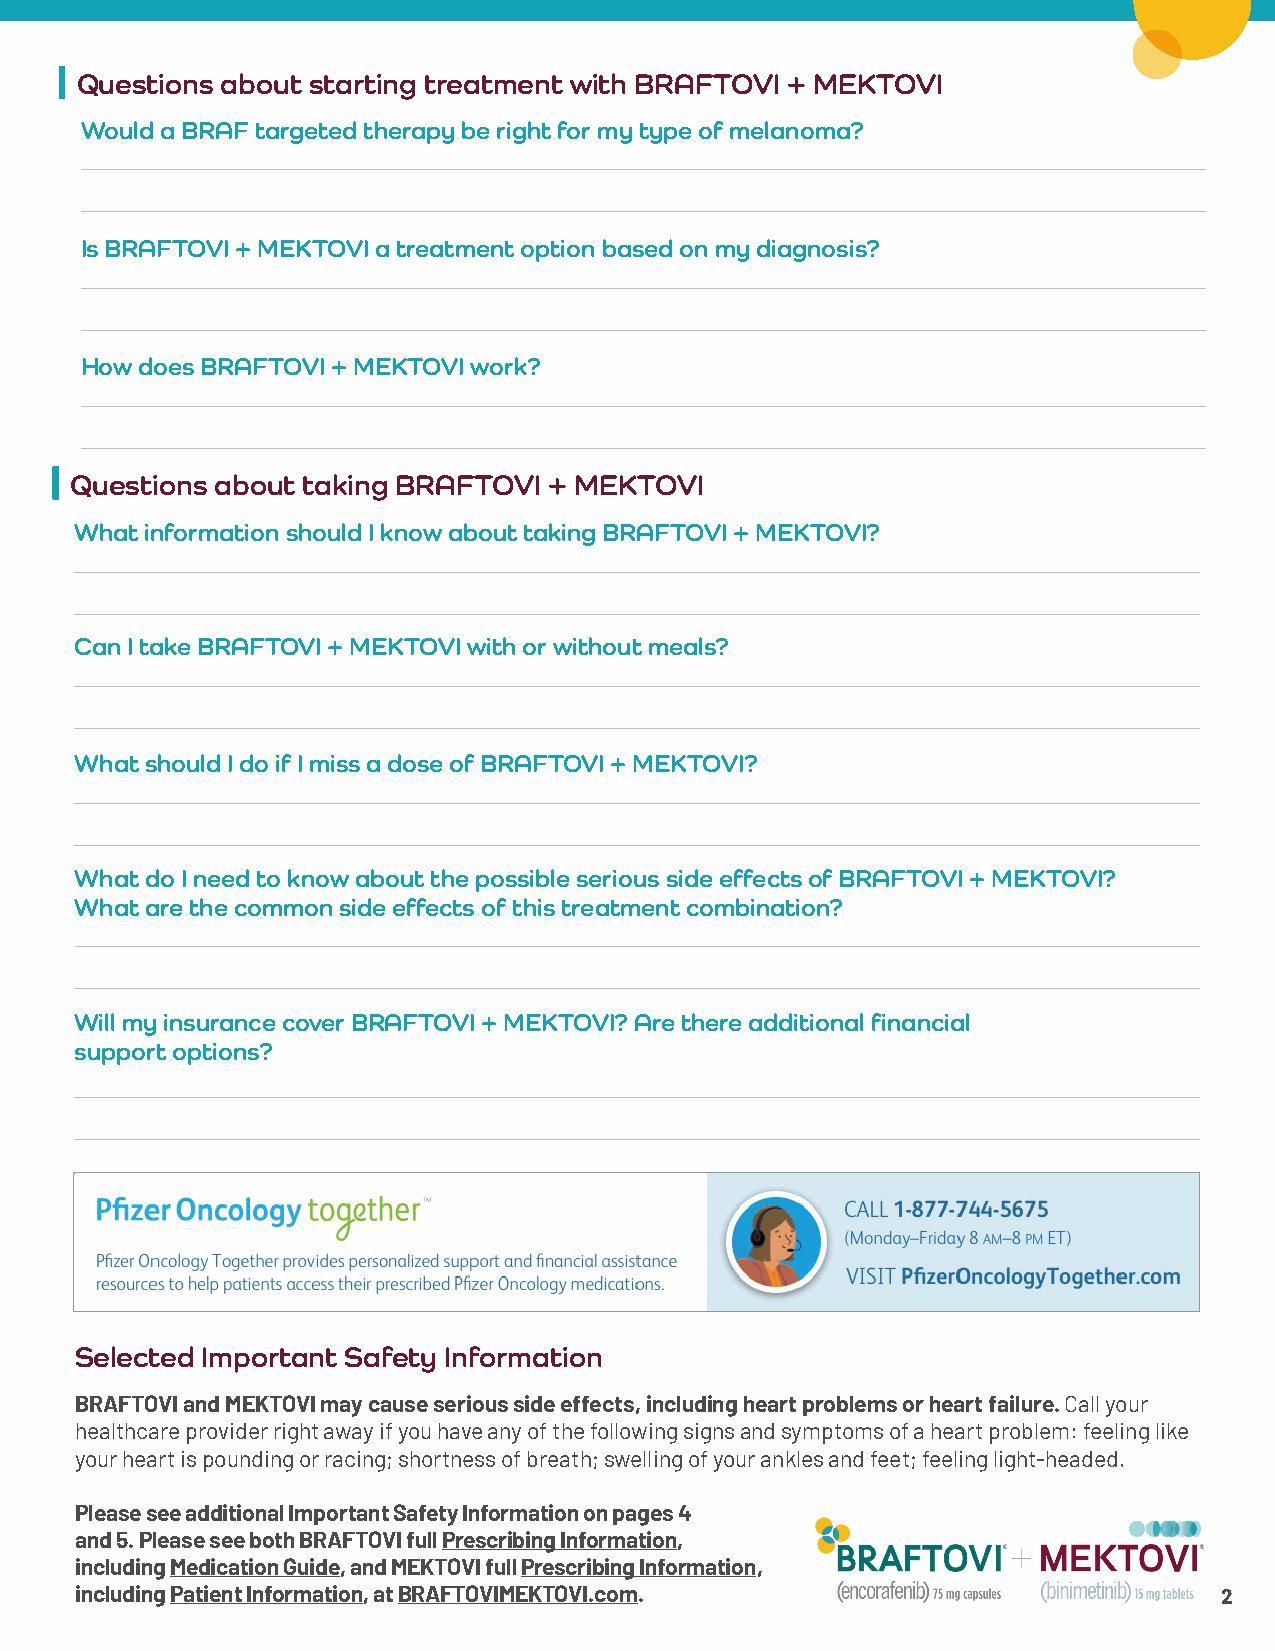
Questions about starting treatment with BRAFTOVI + MEKTOVI
 Would a BRAF targeted therapy be right for my type of melanoma?
 Is BRAFTOVI + MEKTOVI a treatment option based on my diagnosis?
 How does BRAFTOVI + MEKTOVI work?
 Questions about taking BRAFTOVI + MEKTOVI
 What information should I know about taking BRAFTOVI + MEKTOVI?
 Can I take BRAFTOVI + MEKTOVI with or without meals?
 What should I do if I miss a dose of BRAFTOVI + MEKTOVI?
 What do I need to know about the possible serious side effects of BRAFTOVI + MEKTOVI?
 What are the common side effects of this treatment combination?
 Will my insurance cover BRAFTOVI + MEKTOVI? Are there additional financial
 support options?
 Selected Important Safety Information
 BRAFTOVI and MEKTOVI may cause serious side effects, including heart problems or heart failure. Call your
 healthcare provider right away if you have any of the following signs and symptoms of a heart problem: feeling like
 your heart is pounding or racing; shortness of breath; swelling of your ankles and feet; feeling light-headed.
 Please see additional Important Safety Information on pages 4
 and 5. Please see both BRAFTOVI full Prescribing Information,
 including Medication Guide, and MEKTOVI full Prescribing Information,
 including Patient Information, at BRAFTOVIMEKTOVI.com.                      2